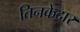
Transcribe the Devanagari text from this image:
तिनकेदार